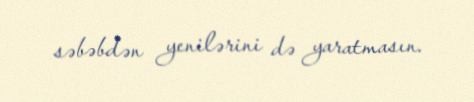
səbəbdən yenilərini də yaratmasın.